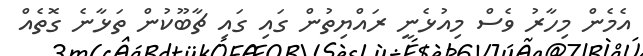
އެމެން މިހާރު ވެސް މިއުޅެނީ ރައްޔިތުން ގައި ގައި ޗާބޫކުން ތަޅާނެ ގޮތެއް